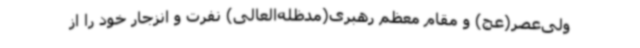
ولی‌عصر(عج) و مقام معظم رهبری(مدظله‌العالی) نفرت و انزجار خود را از